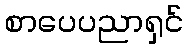
စာပေပညာရှင်